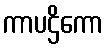
ကာပဌိကော